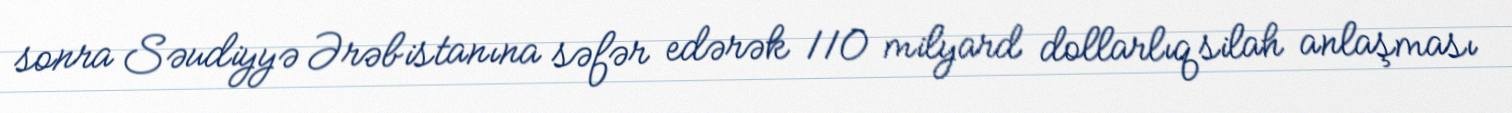
sonra Səudiyyə Ərəbistanına səfər edərək 110 milyard dollarlıq silah anlaşması